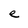
Character: e